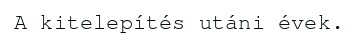
A kitelepítés utáni évek.